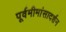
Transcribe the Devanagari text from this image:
पूर्वमीमांसादर्शन